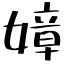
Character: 嫜